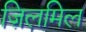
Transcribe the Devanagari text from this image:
ज़िलमिल